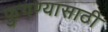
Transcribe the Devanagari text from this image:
फुगण्यासाठी